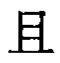
\(\boxplus\)